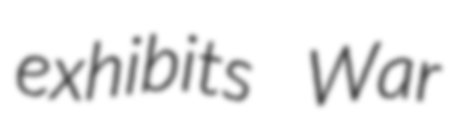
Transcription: exhibits War